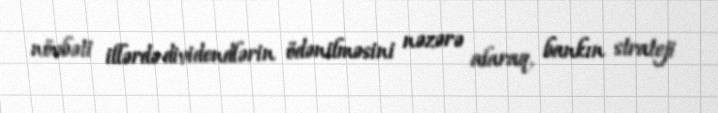
növbəti illərdə dividendlərin ödənilməsini nəzərə alaraq, bankın strateji